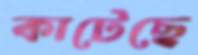
কাটেছে